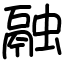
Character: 融